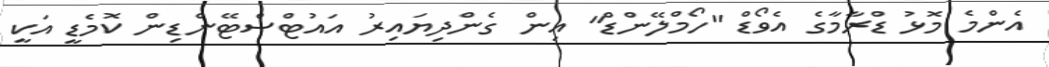
އެންމެ މޮޅު ޑްރާމާގެ އެވޯޑް "ހޯމްލޭންޑް" އިން ގެންދިޔައިރު އައުޓްސްޓޭންޑިން ކޮމެޑީ އަކީ